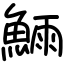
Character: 𬵗